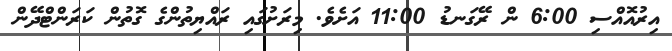
އިރުއޮއްސި 6:00 ން ރޭގަނޑު 11:00 އަށެވެ. މިރަށުގައި ރައްޔިތުންގެ ގޮތުން ކަރަންޓްދޭން